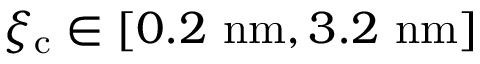
{ \xi _ { \mathrm { c } } \in [ 0 . 2 \ \mathrm { n m } , 3 . 2 \ \mathrm { n m } ] }